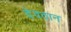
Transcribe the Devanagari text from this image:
देवठान